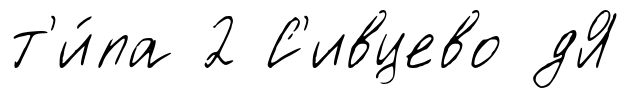
т'и́па 2 С'ивцево дЯ